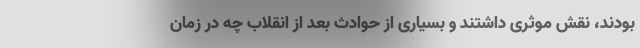
بودند، نقش موثری داشتند و بسیاری از حوادث بعد از انقلاب چه در زمان